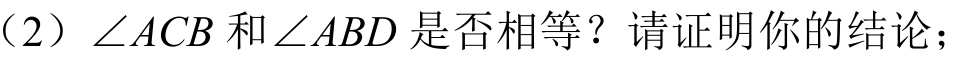
（2）\(\angle ACB\) 和 \(\angle ABD\) 是否相等？请证明你的结论；